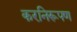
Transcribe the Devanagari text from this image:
करनिरूपण